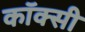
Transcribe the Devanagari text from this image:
कॉक्सी